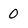
Character: 0